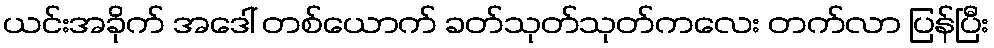
ယင်းအခိုက် အဒေါ် တစ်ယောက် ခတ်သုတ်သုတ်ကလေး တက်လာ ပြန်ပြီး